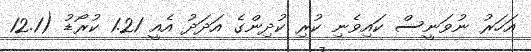
އަހަރު ނުވަނީސް ކައިވެނި ކުރި ކުދިންގެ އަދަދު އެއީ 1.21 ކުރޯޑު (12.1